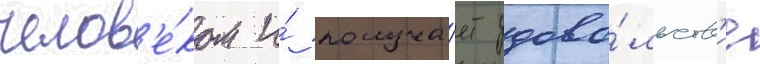
челов'е́ком и́ получа́ет удово́льств'ие